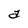
Character: a